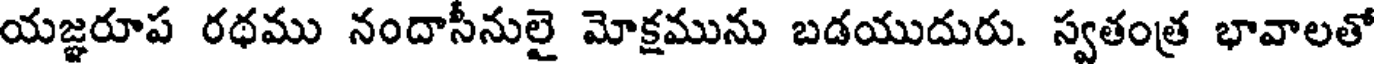
యజ్ఞరూప రథము నందాసీనులై మోక్షమును బడయుదురు. స్వతంత్ర భావాలతో